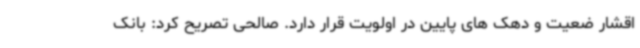
اقشار ضعیت و دهک های پایین در اولویت قرار دارد. صالحی تصریح کرد: بانک